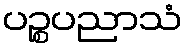
ပဉ္စပညာသံ